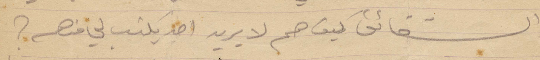
والشقائق كيف هم لا يريد احد يكتب لي منهم؟